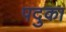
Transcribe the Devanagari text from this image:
पदुका